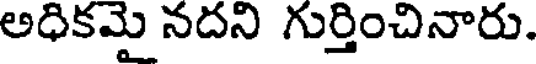
అధికమై నదని గుర్తించినారు.